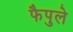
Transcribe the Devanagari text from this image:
फैपुले